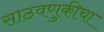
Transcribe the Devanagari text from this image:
साठवणुकीचा